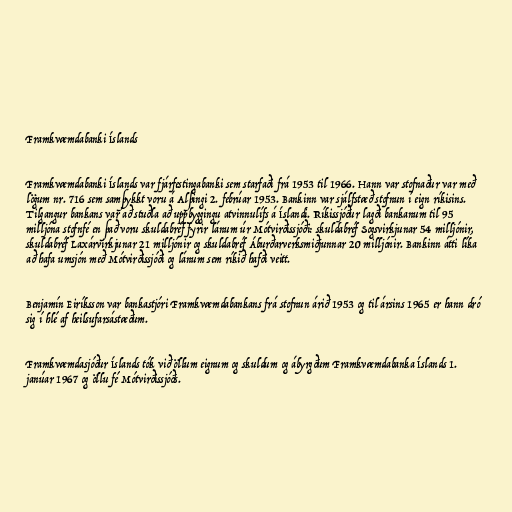
Framkvæmdabanki Íslands

Framkvæmdabanki Íslands var fjárfestingabanki sem starfaði frá 1953 til 1966. Hann var stofnaður var með
lögum nr. 716 sem samþykkt voru á Alþingi 2. febrúar 1953. Bankinn var sjálfstæð stofnun í eign ríkisins.
Tilgangur bankans var að stuðla að uppbyggingu atvinnulífs á Íslandi. Ríkissjóður lagði bankanum til 95
milljóna stofnfé en það voru skuldabréf fyrir lánum úr Mótvirðissjóði: skuldabréf Sogsvirkjunar 54 milljónir,
skuldabréf Laxárvirkjunar 21 milljónir og skuldabréf Áburðarverksmiðjunnar 20 milljónir. Bankinn átti líka
að hafa umsjón með Mótvirðissjóði og lánum sem ríkið hafði veitt.

Benjamín Eiríksson var bankastjóri Framkvæmdabankans frá stofnun árið 1953 og til ársins 1965 er hann dró
sig í hlé af heilsufarsástæðum.

Framkvæmdasjóður Íslands tók við öllum eignum og skuldum og ábyrgðum Framkvæmdabanka Íslands 1.
janúar 1967 og öllu fé Mótvirðissjóðs.